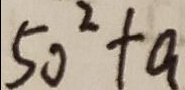
5 0 ^ { 2 } + a